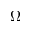
\Omega